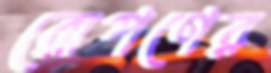
রোপণের